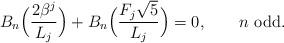
LaTeX: \begin{align*}B_n \Big(\frac{2\beta ^j }{L_j }\Big) + B_n \Big(\frac{F_j \sqrt 5 } {L_j }\Big) = 0,\qquad\mbox{$n$ odd}.\end{align*}